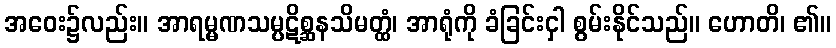
အဝေး၌လည်း။ အာရမ္မဏသမ္ပဋိစ္ဆနသိမတ္ထံ၊ အာရုံကို ခံခြင်းငှါ စွမ်းနိုင်သည်။ ဟောတိ၊ ၏။